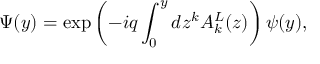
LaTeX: \Psi ( y ) = \exp \left( { - i q \int _ { 0 } ^ { y } { d z ^ { k } A _ { k } ^ { L } ( z ) } } \right) \psi ( y ) ,